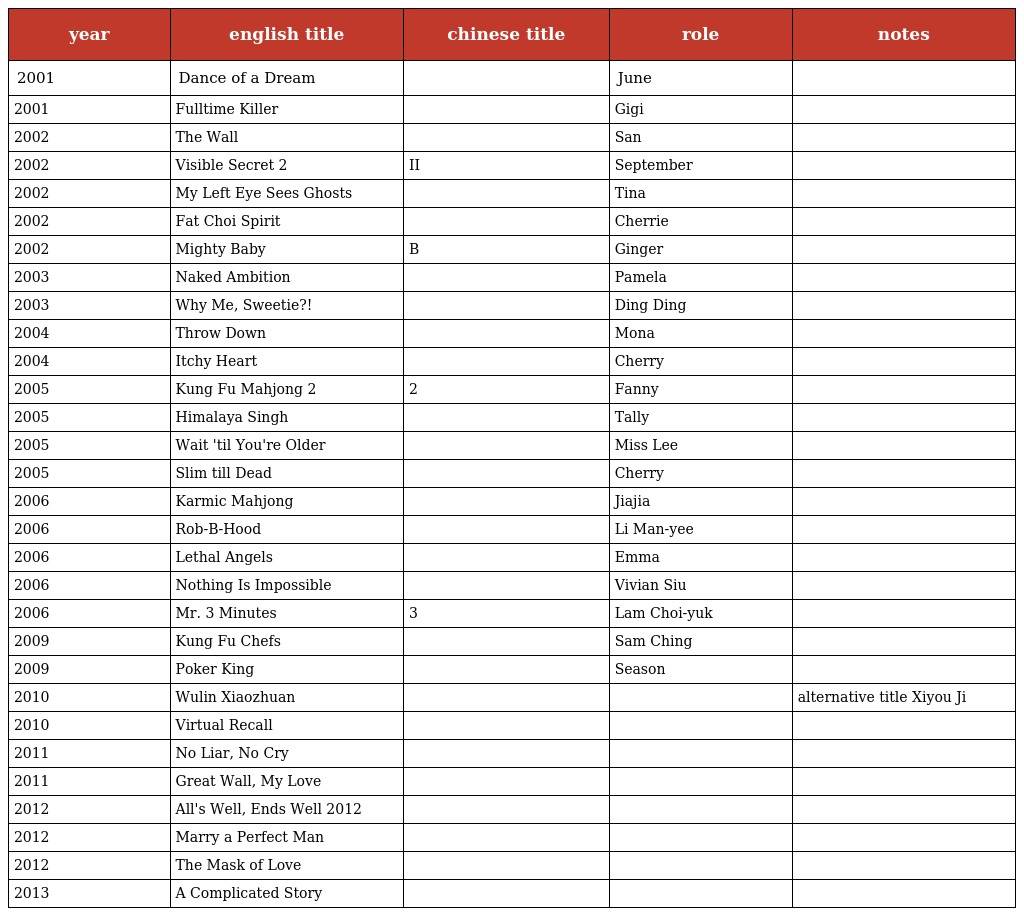
| year | english title | chinese title | role | notes |
 | --- | --- | --- | --- | --- |
 | 2001 | Dance of a Dream | 愛君如夢 | June |  |
 | 2001 | Fulltime Killer | 全職殺手 | Gigi |  |
 | 2002 | The Wall | 黑道風雲 | San |  |
 | 2002 | Visible Secret 2 | 幽靈人間II鬼味人間 | September |  |
 | 2002 | My Left Eye Sees Ghosts | 我左眼見到鬼 | Tina |  |
 | 2002 | Fat Choi Spirit | 嚦咕嚦咕新年財 | Cherrie |  |
 | 2002 | Mighty Baby | 絕世好B | Ginger |  |
 | 2003 | Naked Ambition | 豪情 | Pamela |  |
 | 2003 | Why Me, Sweetie?! | 失憶界女王 | Ding Ding |  |
 | 2004 | Throw Down | 柔道龍虎榜 | Mona |  |
 | 2004 | Itchy Heart | 七年很癢 | Cherry |  |
 | 2005 | Kung Fu Mahjong 2 | 雀聖2之自摸天后 | Fanny |  |
 | 2005 | Himalaya Singh | 喜馬拉亞星 | Tally |  |
 | 2005 | Wait 'til You're Older | 童夢奇緣 | Miss Lee |  |
 | 2005 | Slim till Dead | 瘦身 | Cherry |  |
 | 2006 | Karmic Mahjong | 血戰到底 | Jiajia |  |
 | 2006 | Rob-B-Hood | 寶貝計劃 | Li Man-yee |  |
 | 2006 | Lethal Angels | 魔鬼天使 | Emma |  |
 | 2006 | Nothing Is Impossible | 情意拳拳 | Vivian Siu |  |
 | 2006 | Mr. 3 Minutes | 3分鐘先生 | Lam Choi-yuk |  |
 | 2009 | Kung Fu Chefs | 功夫廚神 | Sam Ching |  |
 | 2009 | Poker King | 撲克王 | Season |  |
 | 2010 | Wulin Xiaozhuan | 武林笑传 |  | alternative title Xiyou Ji |
 | 2010 | Virtual Recall | 異空危情 |  |  |
 | 2011 | No Liar, No Cry |  |  |  |
 | 2011 | Great Wall, My Love |  |  |  |
 | 2012 | All's Well, Ends Well 2012 |  |  |  |
 | 2012 | Marry a Perfect Man |  |  |  |
 | 2012 | The Mask of Love |  |  |  |
 | 2013 | A Complicated Story |  |  |  |